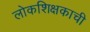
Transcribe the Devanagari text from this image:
लोकशिक्षकाची